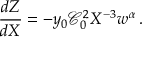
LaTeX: \frac { d Z } { d X } = - y _ { 0 } \mathcal { C } _ { 0 } ^ { 2 } X ^ { - 3 } w ^ { \alpha } \, .